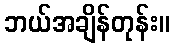
ဘယ်အချိန်တုန်း။